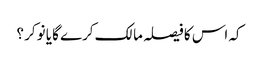
کہ اس کا فیصلہ مالک کرے گا یا نوکر ؟